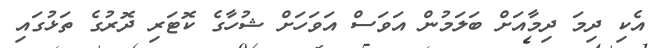
އެކި ދިމަ ދިމާއަށް ބަލަމުން އަވަސް އަވަހަށް ޝުހާގެ ކޮޓަރި ދޮރުގެ ތަޅުގައި